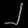
Digit: ၂